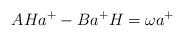
LaTeX: \begin{align*}AHa^{+}-Ba^{+}H=\omega a^{+}\end{align*}